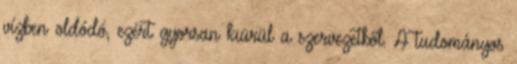
vízben oldódó, ezért gyorsan kiürül a szervezetből. A tudományos